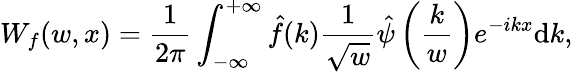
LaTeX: W_{f}(w,x)=\frac{1}{2\pi}\int_{-\infty}^{+\infty}\hat{f}(k)\frac{1}{\sqrt{w}}\hat{\psi}\left(\frac{k}{w}\right)e^{-ikx}\mathrm{d}k,